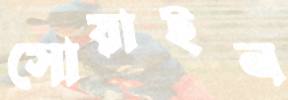
সোয়াইন